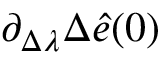
\partial _ { \Delta \lambda } \Delta \hat { e } ( 0 )